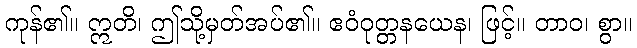
ကုန်၏။ ဣတိ၊ ဤသို့မှတ်အပ်၏။ ဧဝံဝုတ္တနယေန၊ ဖြင့်။ တာဝ၊ စွာ။